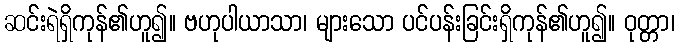
ဆင်းရဲရှိကုန်၏ဟူ၍။ ဗဟုပါယာသာ၊ များသော ပင်ပန်းခြင်းရှိကုန်၏ဟူ၍။ ဝုတ္တာ၊